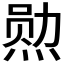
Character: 𮳯